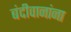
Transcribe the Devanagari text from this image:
बंदीवानांना